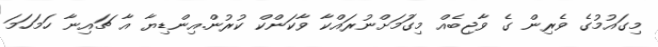
މިގައުމުގެ ވެރިން ގެ ވާޖިބެއް މިގަުމަށްނުރައްކާ ވާކަންކް ކުރުން.އިންޑިޔާ އާ ޗައިނާ ހަމަހަމަ